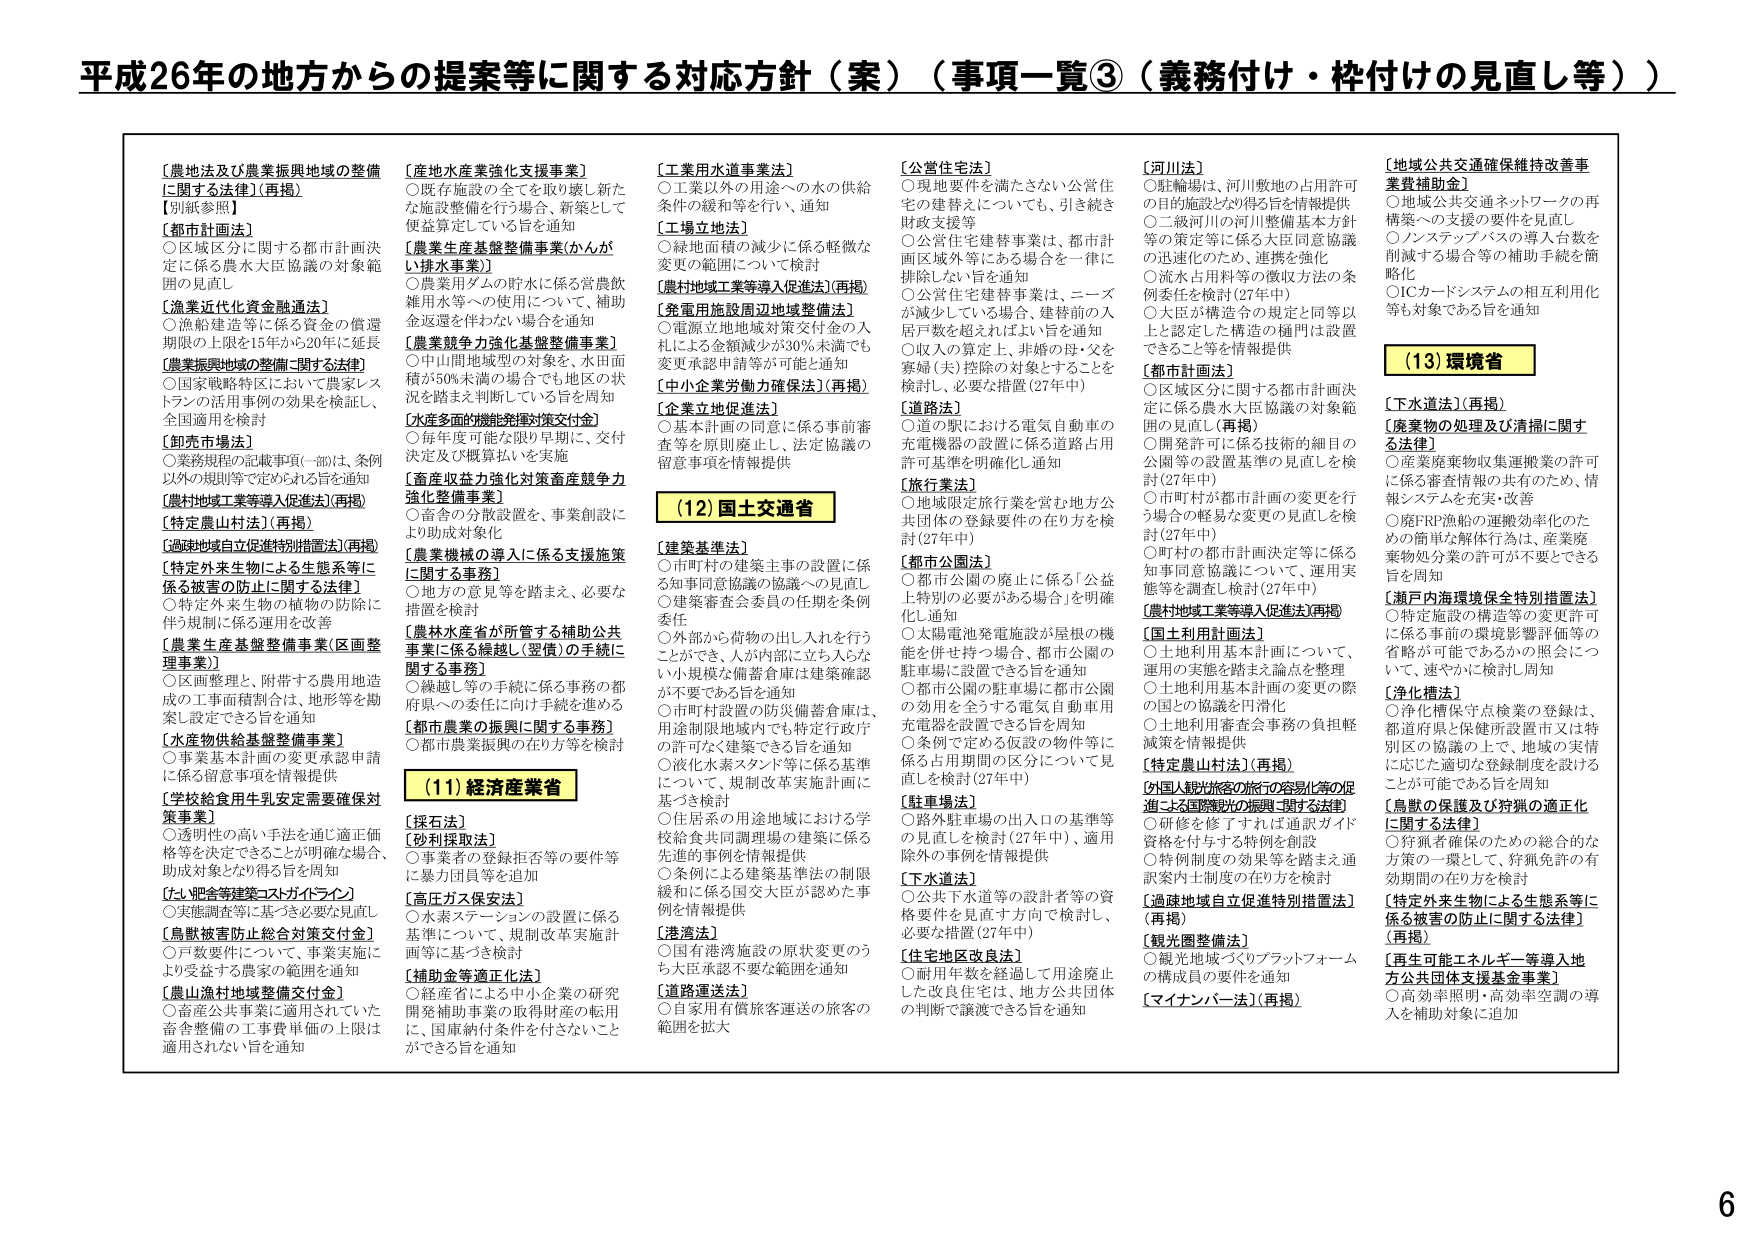
平成26年の地方からの提案等に関する対応方針（案）（事項一覧③（義務付け・枠付けの見直し等））

【農地法及び農業振興地域の整備に関する法律】（再掲）
【別紙参照】
【都市計画法】
○区域区分に関する都市計画決定に係る農水大臣協議の対象範囲の見直し
【漁業近代化資金融通法】
○漁船建造等に係る資金の償還期限の上限を15年から20年に延長
【農業振興地域の整備に関する法律】
○国家戦略特区において農家レストランの活用事例の効果を検証し、全国適用を検討
【卸売市場法】
○業務規程の記載事項（一部は、条例以外の規則等で定められる旨を通知
【農村地域工事等導入促進法】（再掲）
【特定農山村法】（再掲）
【過疎地域自立促進特別措置法】（再掲）
【特定外来生物による生態系等に係る被害の防止に関する法律】
○特定外来生物の種物の防除に伴う規制に係る運用を改善
【農業生産基盤整備事業（区画整理事業）】
○区画整理と、附帯する農用地造成の工事面積割合と、地形等を勘案し設定できる旨を通知
【水産物供給基盤整備事業】
○事業基本計画の変更承認申請に係る留意事項を情報提供
【学校給食用牛乳安定需要確保対策事業】
○透明性の高い手法を通じ適正価格等を決定できることが明確な場合、助成対象となり得る旨を通知
【たん肥舎等建築コストガイドライン】
○実態調査等に基づき必要な見直し
【鳥獣被害防止総合対策交付金】
○戸数要件について、事業実施により受益する農家の範囲を通知
【農山漁村地域整備交付金】
○畜産公共事業に適用されていた畜舎整備の工事費単価の上限は適用されない旨を通知

【産地水産業強化支援事業】
○既存施設の全てを取り壊し新たな施設整備を行う場合、新築として便宜算定している旨を通知
【農業生産基盤整備事業（かんがい排水事業）】
○農業用ダムの貯水に係る営農飲雑用水等への使用について、補助金返還を伴わない場合を通知
【農業競争力強化基盤整備事業】
○中山間地域別の対象を、水田面積が50%未満の場合でも地区の状況を踏まえ判断している旨を周知
【水産多面的機能発揮対策交付金】
○毎年度可能なら限り早期に、交付決定及び概算払いを実施
【畜産収益力強化対策畜産競争力強化整備事業】
○畜舎の分散設置を、事業創設により助成対象化
【農業機械の導入に係る支援施策に関する事務】
○繰越し等の手続に係る事務の都府県への委任に向け手続を進める
【都市農業の振興に関する事務】
○都市農業振興の在り方等を検討

（11）経済産業省
【採石法】
【砂利採取法】
○事業者の登録拒否等の要件等に暴力団員等を追加
【高圧ガス保安法】
○水素ステーションの設置に係る基準について、規制改革実施計画等に基づき検討
【補助金等適正化法】
○経産省による中小企業の研究開発補助事業の取得財産の転用に、国庫納付条件を付さないことができる旨を通知

【工業用水道事業法】
○工業以外の用途への水の供給条件の緩和等を行い、通知
【工場立地法】
○緑地面積の減少に係る軽微な変更の範囲について検討
【農村地域工事等導入促進法】（再掲）
【整備用施設周辺地域整備法】
○電源立地地域対策交付金の入札による金額減少が30%未満でも変更承認申請等が可能と通知
【中小企業労働力確保法】（再掲）
【企業立地促進法】
○基本計画の同意に係る事前審査等を原則廃止し、法定協議の留意事項を情報提供

（12）国土交通省
【建築基準法】
○市町村の建築主事の設置に係る知事同意協議の協議への見直し
○建築審査会委員の任期を条例委任
○外部から荷物の出し入れを行うことができ、人が内部に立ち入らない小規模な備蓄倉庫は建築確認が不要である旨を通知
○市町村設置の防災備蓄倉庫は、用途制限地域内でも特定行政庁の許可なく建築できる旨を通知
○液化水素スタンド等に係る基準について、規制改革実施計画に基づき検討
○住居系の用途地域における学校給食用共同調理場の建築に係る先進的事例を情報提供
○条例による建築基準法の制限緩和に係る国交大臣が認めた事例を情報提供
【港湾法】
○国有港湾施設の原状変更のうち大臣承認不要な範囲を通知
【道路運送法】
○自家用有償旅客運送の旅客の範囲を拡大

【公営住宅法】
○現地要件を満たさない公営住宅の建築えについても、引き続き財政支援等
○公営住宅建替事業は、都市計画区域外等にある場合を一律に排除しない旨を通知
○公営住宅建替事業は、ニーズが減少している場合、建替前の入居戸数を超えてはよい旨を通知
○収入の算定上、非婚の母・父を寡婦（夫）控除の対象とすることを検討し、必要な措置（27年中）
【道路法】
○道の駅における電気自動車の充電機器の設置に係る道路占用許可基準を明確化し通知
【旅行業法】
○地域限定旅行業を営む地方公共団体の登録要件の在り方を検討（27年中）
【都市公園法】
○都市公園の廃止に係る「公益上特別の必要がある場合」を明確化し通知
○太陽電池発電施設が屋根の機能を併せ持つ場合、都市公園の駐車場に設置できる旨を通知
○都市公園の駐車場に都市公園の効用を全うする電気自動車用充電器を設置できる旨を周知
○条例で定める仮設の物件等に係る占用期間の区分について見直しを検討（27年中）
【駐車場法】
○路外駐車場の出入口の基準等の見直しを検討（27年中）、適用除外の事例を情報提供
【下水道法】
○公共下水道等の設計者等の資格要件を見直す方向で検討し、必要な措置（27年中）
【住宅地区改良法】
○耐用年数を経過して用途廃止した改良住宅は、地方公共団体の判断で譲渡できる旨を通知

【河川法】
○転輪場は、河川敷地の占用許可の目的施設とみ得る旨を情報提供
○二級河川の河川整備基本方針等の策定等に係る大臣同意協議の迅速化のため、連携を強化
○流水占用料等の徴収方法の条例委任を検討（27年中）
○大臣が構造令の規定と同等以上と認定した構造の樋門は設置できること等を情報提供
【都市計画法】
○区域区分に関する都市計画決定に係る農水大臣協議の対象範囲の見直し（再掲）
○開発許可に係る技術的細目の公開等の設置基準の見直しを検討（27年中）
○市町村が都市計画の変更を行う場合の軽易な変更の見直しを検討（27年中）
○町村の都市計画決定等に係る知事同意協議について、運用実態等を調査し検討（27年中）
【農村地域工事等導入促進法】（再掲）
【国土利用計画法】
○土地利用基本計画について、運用の実態を踏まえ論点を整理
○土地利用基本計画の変更の際の国の協議を円滑化
○土地利用審査会事務の負担軽減策を情報提供
【特定農山村法】（再掲）
【外国人観光旅客の旅行の容易化等の促進による国際観光の振興に関する法律】
○研修を修了すれば通訳ガイド資格を付与する特例を創設
○特例制度の効果等を踏まえ通訳案内士制度の在り方を検討
【過疎地域自立促進特別措置法】（再掲）
【観光圏整備法】
○観光地域づくりプラットフォームの構成員の要件を通知
【マイナンバー法】（再掲）

（13）環境省
【下水道法】（再掲）
【廃棄物の処理及び清掃に関する法律】
○産業廃棄物収集運搬業の許可に係る審査情報の共有のため、情報システムを充実・改善
○廃FRP漁船の運搬効率化のための簡単な解体行為は、産業廃棄物処分業の許可が不要とできる旨を周知
【瀬戸内海環境保全特別措置法】
○特定施設の構造等の変更許可に係る事前の環境影響評価等の省略が可能であるかの照会について、速やかに検討し周知
【浄化槽法】
○浄化槽保守点検業の登録は、都道府県と保健所設置市又は特別区の協議の上で、地域の実情に応じた適切な登録制度を設けることが可能である旨を周知
【鳥獣の保護及び狩猟の適正化に関する法律】
○狩猟者確保のための総合的な方策の一環として、狩猟免許の有効期間の在り方を検討
【特定外来生物による生態系等に係る被害の防止に関する法律】（再掲）
【再生可能エネルギー等導入地方公共団体支援基金事業】
○高効率照明・高効率空調等の導入を補助対象に追加

6